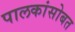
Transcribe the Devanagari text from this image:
पालकांसोबत